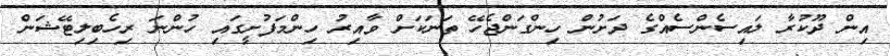
އިން ދޫކުރާ ލައިސެންސެއްގެ ދަށުން ހިންގަންޖެހޭ ތަނަކަށް ވާއިރު ހިންމަފުށީގައި ހުންނަ ރިހެބިލިޓޭޝަން